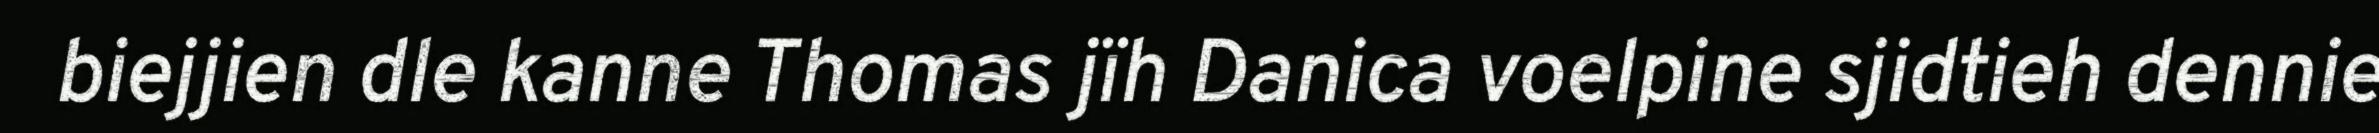
biejjien dle kanne Thomas jïh Danica voelpine sjidtieh dennie